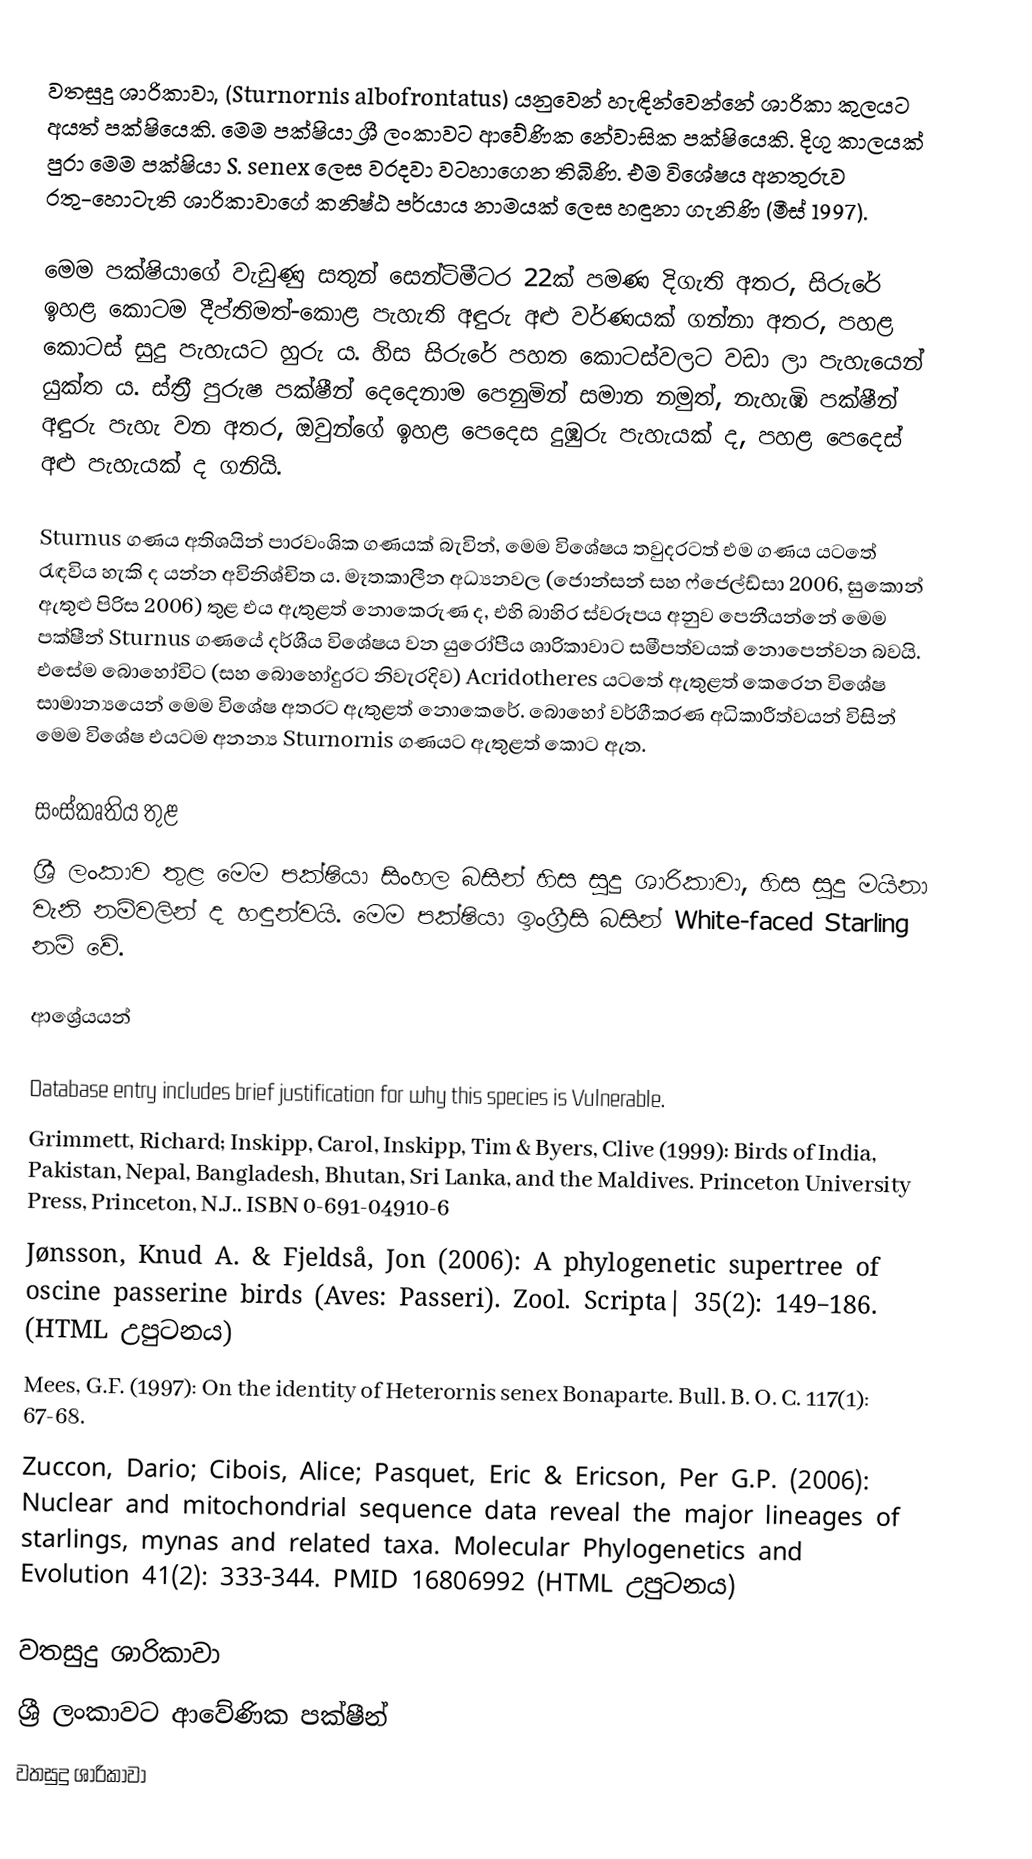
වතසුදු ශාරිකාවා, (Sturnornis albofrontatus) යනුවෙන් හැඳින්වෙන්නේ ශාරිකා කුලයට අයත් පක්ෂියෙකි. මෙම පක්ෂියා ශ්‍රී ලංකාවට ආවේණික නේවාසික පක්ෂියෙකි. දිගු කාලයක් පුරා මෙම පක්ෂියා S. senex ලෙස වරදවා වටහාගෙන තිබිණි. එම විශේෂය අනතුරුව රතු-හොටැති ශාරිකාවාගේ කනිෂ්ඨ පර්යාය නාමයක් ලෙස හඳුනා ගැනිණි (මීස් 1997).

මෙම පක්ෂියාගේ වැඩුණු සතුන් සෙන්ටිමීටර 22ක් පමණ දිගැති අතර, සිරුරේ ඉහළ කොටම දීප්තිමත්-කොළ පැහැති අඳුරු අළු වර්ණයක් ගන්නා අතර, පහළ කොටස් සුදු පැහැයට හුරු ය. හිස සිරුරේ පහත කොටස්වලට වඩා ලා පැහැයෙන් යුක්ත ය. ස්ත්‍රී පුරුෂ පක්ෂීන් දෙදෙනාම පෙනුමින් සමාන නමුත්, නැහැඹි පක්ෂීන් අඳුරු පැහැ වන අතර, ඔවුන්ගේ ඉහළ පෙදෙස දුඹුරු පැහැයක් ද, පහළ පෙදෙස් අළු පැහැයක් ද ගනියි.

Sturnus ගණය අතිශයින් පාරවංශික ගණයක් බැවින්, මෙම විශේෂය තවුදරටත් එම ගණය යටතේ රැඳවිය හැකි ද යන්න අවිනිශ්චිත ය. මෑතකාලීන අධ්‍යනවල (ජොන්සන් සහ ෆ්ජෙල්ඩ්සා 2006, සුකොන් ඇතුළු පිරිස 2006) තුළ එය ඇතුළත් නොකෙරුණ ද, එහි බාහිර ස්වරූපය අනුව පෙනීයන්නේ මෙම පක්ෂීන් Sturnus ගණයේ දර්ශීය විශේෂය වන යුරෝපීය ශාරිකාවාට සමීපත්වයක් නොපෙන්වන බවයි. එසේම බොහෝවිට (සහ බොහෝදුරට නිවැරදිව) Acridotheres යටතේ ඇතුළත් කෙරෙන විශේෂ සාමාන්‍යයෙන් මෙම විශේෂ අතරට ඇතුළත් නොකෙරේ. ‍බොහෝ වර්ගීකරණ අධිකාරීත්වයන් විසින් මෙම විශේෂ එයටම අනන්‍ය Sturnornis ගණයට ඇතුළත් කොට ඇත.

සංස්කෘතිය තුළ
ශ්‍රී ලංකාව තුළ මෙම පක්ෂියා සිංහල බසින් හිස සුදු ශාරිකාවා, හිස සුදු මයිනා වැනි නම්වලින් ද හඳුන්වයි. මෙම පක්ෂියා ඉංග්‍රීසි බසින් White-faced Starling නම් වේ.

ආශ්‍රේයයන්

 Database entry includes brief justification for why this species is Vulnerable.
Grimmett, Richard; Inskipp, Carol, Inskipp, Tim & Byers, Clive (1999): Birds of India, Pakistan, Nepal, Bangladesh, Bhutan, Sri Lanka, and the Maldives. Princeton University Press, Princeton, N.J.. ISBN 0-691-04910-6
Jønsson, Knud A. & Fjeldså, Jon (2006): A phylogenetic supertree of oscine passerine birds (Aves: Passeri). Zool. Scripta| 35(2): 149–186.  (HTML උපුටනය)
Mees, G.F. (1997): On the identity of Heterornis senex Bonaparte. Bull. B. O. C. 117(1): 67-68.
Zuccon, Dario; Cibois, Alice; Pasquet, Eric & Ericson, Per G.P. (2006): Nuclear and mitochondrial sequence data reveal the major lineages of starlings, mynas and related taxa. Molecular Phylogenetics and Evolution 41(2): 333-344.  PMID 16806992 (HTML උපුටනය)

වතසුදු ශාරිකාවා
ශ්‍රී ලංකාවට ආවේණික පක්ෂීන්
වතසුදු ශාරිකාවා